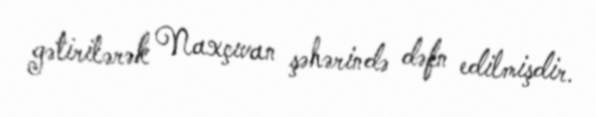
gətirilərək Naxçıvan şəhərində dəfn edilmişdir.